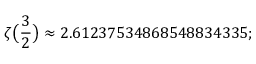
\zeta { \bigl ( } { \frac { 3 } { 2 } } { \bigr ) } \approx 2 . 6 1 2 3 7 5 3 4 8 6 8 5 4 8 8 3 4 3 3 5 ;